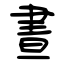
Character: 晝